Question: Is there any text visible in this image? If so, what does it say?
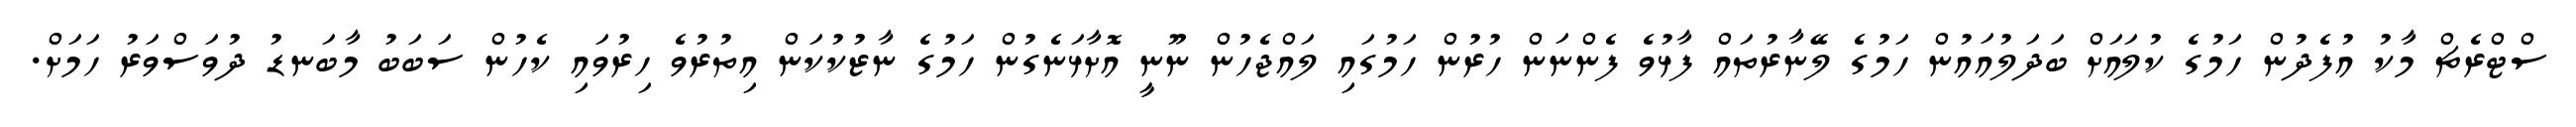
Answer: ސްޓްރެޗް މާކު އުފެދުން ހަމުގެ ކުލައަށް ބަދަލުއައުން ހަމުގެ ލޭނާރުތައް ފާޅުވެ ފެންނަން ހުރުން ހަމުގައި ލައްޖެހުން ނޫނީ އޮށާޅަނެގުން ހަމުގެ ނާޒުކުކަން އިތުރުވެ ހިރުވައި ކެހުން ސަބަބު މާބަނޑު ދުވަސްވަރު ހަމަށް.